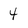
Character: 4